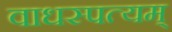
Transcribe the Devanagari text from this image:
वाधस्पत्यम्